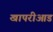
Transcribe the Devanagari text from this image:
खापरीआड